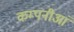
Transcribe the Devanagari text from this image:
कम्पनीआं